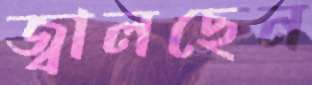
জ্বালছেন